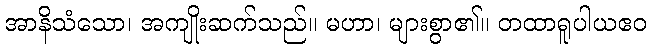
အာနိသံသော၊ အကျိုးဆက်သည်။ မဟာ၊ များစွာ၏။ တထာရူပါယဧဝ